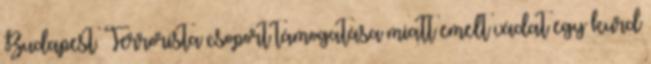
Budapest. Terrorista csoport támogatása miatt emelt vádat egy kurd